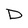
Character: D